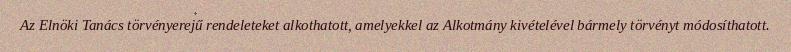
Az Elnöki Tanács törvényerejű rendeleteket alkothatott, amelyekkel az Alkotmány kivételével bármely törvényt módosíthatott.